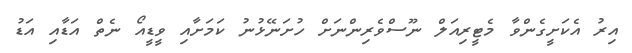
އިރު އެކަށީގެންވާ މެޓީރިއަލް ނޫސްވެރިންނަށް ހުށަނޭޅުނު ކަމަށާއި ވީޑީއޯ ނެތް އަޑާއި އަޑު